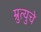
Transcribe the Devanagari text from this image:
म्रुत्युचे